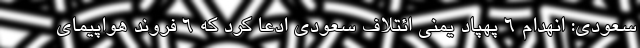
سعودی: انهدام 6 پهپاد یمنی ائتلاف سعودی ادعا کرد که ۶ فروند هواپیمای